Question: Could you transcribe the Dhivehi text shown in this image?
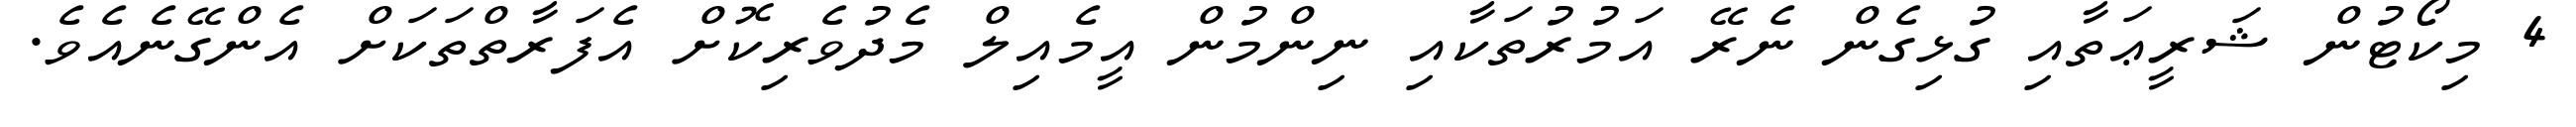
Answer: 4 މިކޯޓުން ޝަރީޢަތާއި ގުޅިގެން ނެރޭ އަމުރުތަކާއި ނިންމުން އީމެއިލް މެދުވެރިކޮށް އެފަރާތްތަކަށް އެންގޭނެއެވެ.